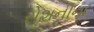
રોશનીના